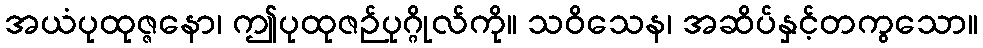
အယံပုထုဇ္ဇနော၊ ဤပုထုဇဉ်ပုဂ္ဂိုလ်ကို။ သဝိသေန၊ အဆိပ်နှင့်တကွသော။